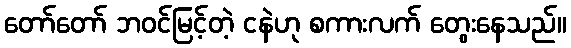
တော်တော် ဘဝင်မြင့်တဲ့ ငနဲဟု စကားလက် တွေးနေသည်။